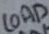
Text: LOAD